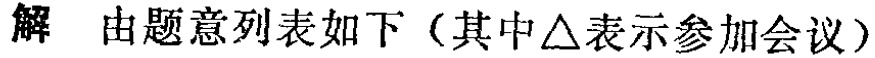
解 由题意列表如下（其中$\triangle$表示参加会议）